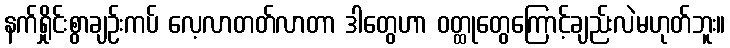
နက်ရှိုင်းစွာချဉ်းကပ် လေ့လာတတ်လာတာ ဒါတွေဟာ ဝတ္ထုတွေကြောင့်ချည်းလဲမဟုတ်ဘူး။